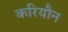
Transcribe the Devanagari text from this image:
करियौन